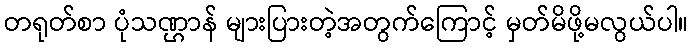
တရုတ်စာ ပုံသဏ္ဌာန် များပြားတဲ့အတွက်ကြောင့် မှတ်မိဖို့မလွယ်ပါ။